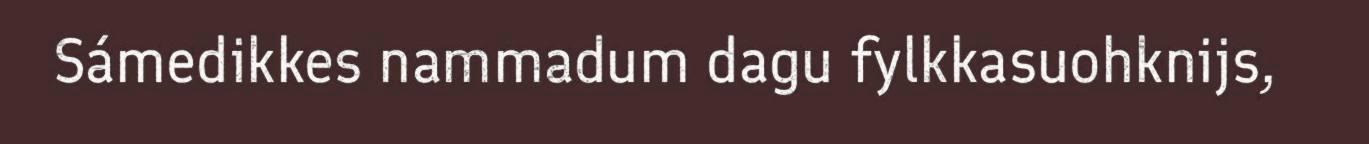
Sámedikkes nammadum dagu fylkkasuohknijs,